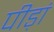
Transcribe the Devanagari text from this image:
पीड़ां